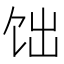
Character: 饳